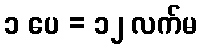
၁ ပေ = ၁၂ လက်မ